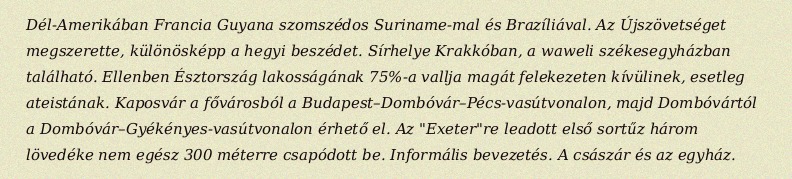
Dél-Amerikában Francia Guyana szomszédos Suriname-mal és Brazíliával. Az Újszövetséget megszerette, különösképp a hegyi beszédet. Sírhelye Krakkóban, a waweli székesegyházban található. Ellenben Észtország lakosságának 75%-a vallja magát felekezeten kívülinek, esetleg ateistának. Kaposvár a fővárosból a Budapest–Dombóvár–Pécs-vasútvonalon, majd Dombóvártól a Dombóvár–Gyékényes-vasútvonalon érhető el. Az "Exeter"re leadott első sortűz három lövedéke nem egész 300 méterre csapódott be. Informális bevezetés. A császár és az egyház.